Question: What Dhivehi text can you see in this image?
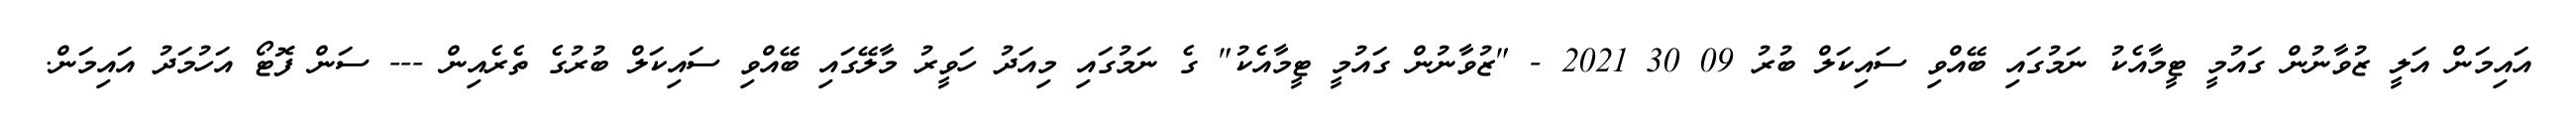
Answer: އައިމަން އަލީ ޒުވާނުން ގައުމީ ޓީމާއެކު ނަމުގައި ބޭއްވި ސައިކަލް ބުރު 09 30 2021 - "ޒުވާނުން ގައުމީ ޓީމާއެކު" ގެ ނަމުގައި މިއަދު ހަވީރު މާލޭގައި ބޭއްވި ސައިކަލް ބުރުގެ ތެރެއިން --- ސަން ފޮޓޯ އަހުމަދު އައިމަން.